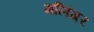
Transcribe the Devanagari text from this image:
मलिंगर